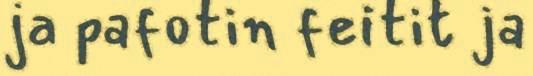
ja pafotin feitit ja